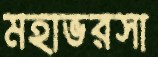
মহাভরসা